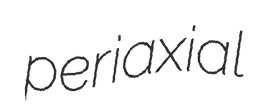
periaxial